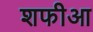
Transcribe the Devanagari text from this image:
शफीआ